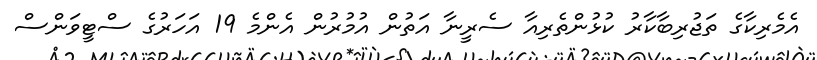
އެމެރިކާގެ ތަޖުރިބާކާރު ކުޅުންތެރިއާ ސެރީނާ އަތުން އުމުރުން އެންމެ 19 އަހަރުގެ ސްޓީވަންސް